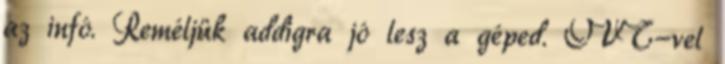
az infó. Reméljük addigra jó lesz a géped. OVT-vel